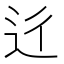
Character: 𨑠